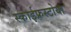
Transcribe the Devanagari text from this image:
स्काईफ्रस्टोया